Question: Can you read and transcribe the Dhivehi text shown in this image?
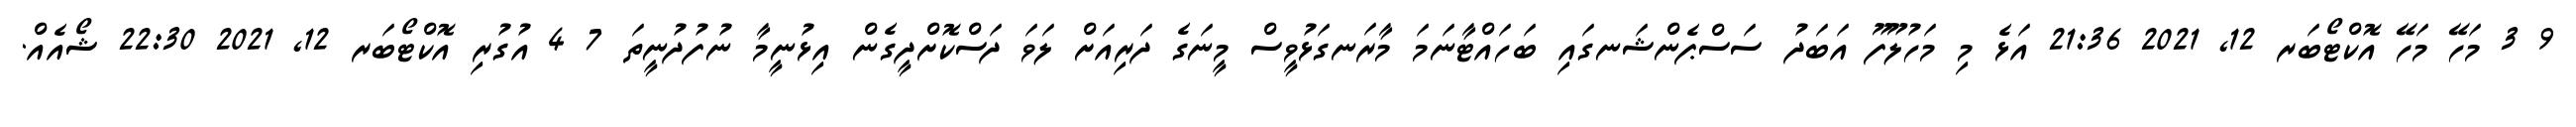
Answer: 9 3 މަހޭ މަހޭ އޮކްޓޯބަރ 12, 2021 21:36 އަޅެ މި މަހުލޫފޫ އަބަދު ސަސްޕެންޝަނގައި ބަހައްޓާނަމަ މާރަނގަޅުވީސް މީނަގެ ދަރިއަށް ލަވަ ދަސްކޮށްދީގެން އިޅުނީމާ ނުފުދުނީތަ 7 4 އުގުރި އޮކްޓޯބަރ 12, 2021 22:30 ޝޯއެއް.